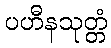
ပဟီနသုတ္တံ